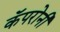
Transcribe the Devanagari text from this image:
कॅपरोनी